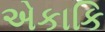
એકાકિ